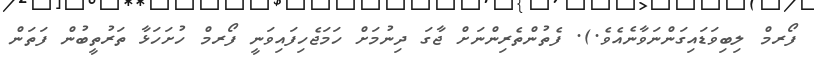
ފޯރމް ލިބިވަޑައިގަންނަވާނެއެވެ.). ފެތުންތެރިންނަށް ޖާގަ ދިނުމަށް ހަމަޖެހިފައިވަނީ ފޯރމް ހުށަހަޅާ ތަރުތީބުން ފަތަން